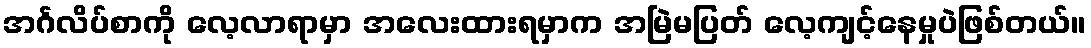
အင်္ဂလိပ်စာကို လေ့လာရာမှာ အလေးထားရမှာက အမြဲမပြတ် လေ့ကျင့်နေမှုပဲဖြစ်တယ်။